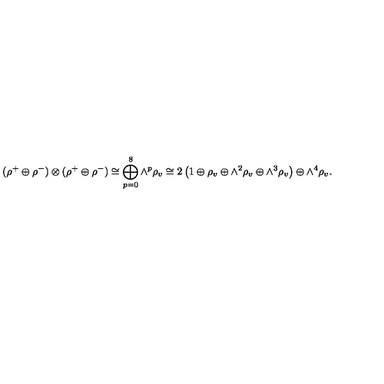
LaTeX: ( \rho ^ { + } \oplus \rho ^ { - } ) \otimes ( \rho ^ { + } \oplus \rho ^ { - } ) \cong \bigoplus _ { p = 0 } ^ { 8 } { \wedge } ^ { p } \rho _ { v } \cong 2 \left( 1 \oplus \rho _ { v } \oplus { \wedge } ^ { 2 } \rho _ { v } \oplus { \wedge } ^ { 3 } \rho _ { v } \right) \oplus { \wedge } ^ { 4 } \rho _ { v } .